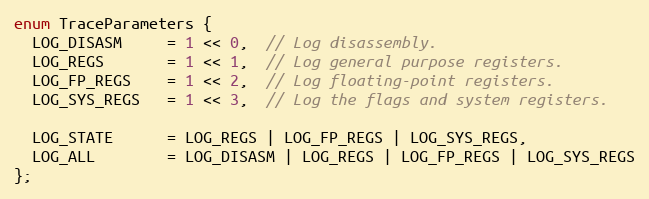
Language: C
enum TraceParameters {
  LOG_DISASM     = 1 << 0,  // Log disassembly.
  LOG_REGS       = 1 << 1,  // Log general purpose registers.
  LOG_FP_REGS    = 1 << 2,  // Log floating-point registers.
  LOG_SYS_REGS   = 1 << 3,  // Log the flags and system registers.

  LOG_STATE      = LOG_REGS | LOG_FP_REGS | LOG_SYS_REGS,
  LOG_ALL        = LOG_DISASM | LOG_REGS | LOG_FP_REGS | LOG_SYS_REGS
};